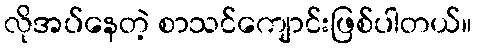
လိုအပ်နေတဲ့ စာသင်ကျောင်းဖြစ်ပါတယ်။